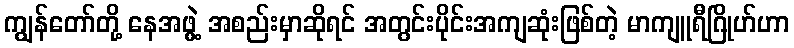
ကျွန်တော်တို့ နေအဖွဲ့ အစည်းမှာဆိုရင် အတွင်းပိုင်းအကျဆုံးဖြစ်တဲ့ မာကျူရီဂြိုဟ်ဟာ